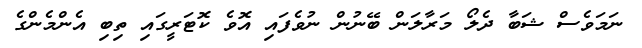
ނަމަވެސް ޝަބާ ދެލޯ މަރާލަން ބޭނުން ނުވެފައި އޮވެ ކޮޓަރީގައި ތިބި އެންމެންގެ